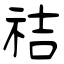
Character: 祮